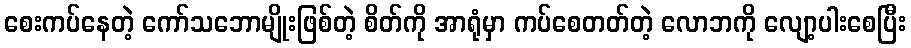
စေးကပ်နေတဲ့ ကော်သဘောမျိုးဖြစ်တဲ့ စိတ်ကို အာရုံမှာ ကပ်စေတတ်တဲ့ လောဘကို လျော့ပါးစေပြီး